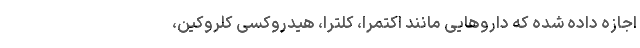
اجازه داده شده که داروهایی مانند اکتمرا، کلترا، هیدروکسی کلروکین،